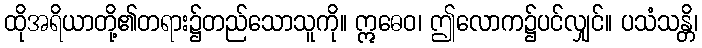
ထိုအရိယာတို့၏တရား၌တည်သောသူကို။ ဣဓေဝ၊ ဤလောက၌ပင်လျှင်။ ပသံသန္တိ၊